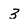
Character: 3